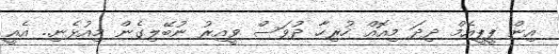
އިން ޕީޕީއެމް ދިދަ މިއޮއް ހުރިހާ ދުވަސް ވީއިރު ނުބޭލިގެން މިއުޅެނި.. އެއީ